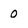
Character: 0